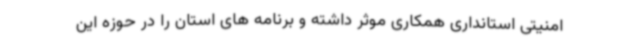
امنیتی استانداری همکاری موثر داشته و برنامه های استان را در حوزه این